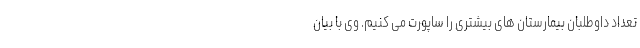
تعداد داوطلبان بیمارستان های بیشتری را ساپورت می کنیم. ‌وی با بیان